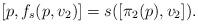
LaTeX: \begin{align*}[p,f_s(p,v_2)]=s([\pi_2(p),v_2]).\end{align*}